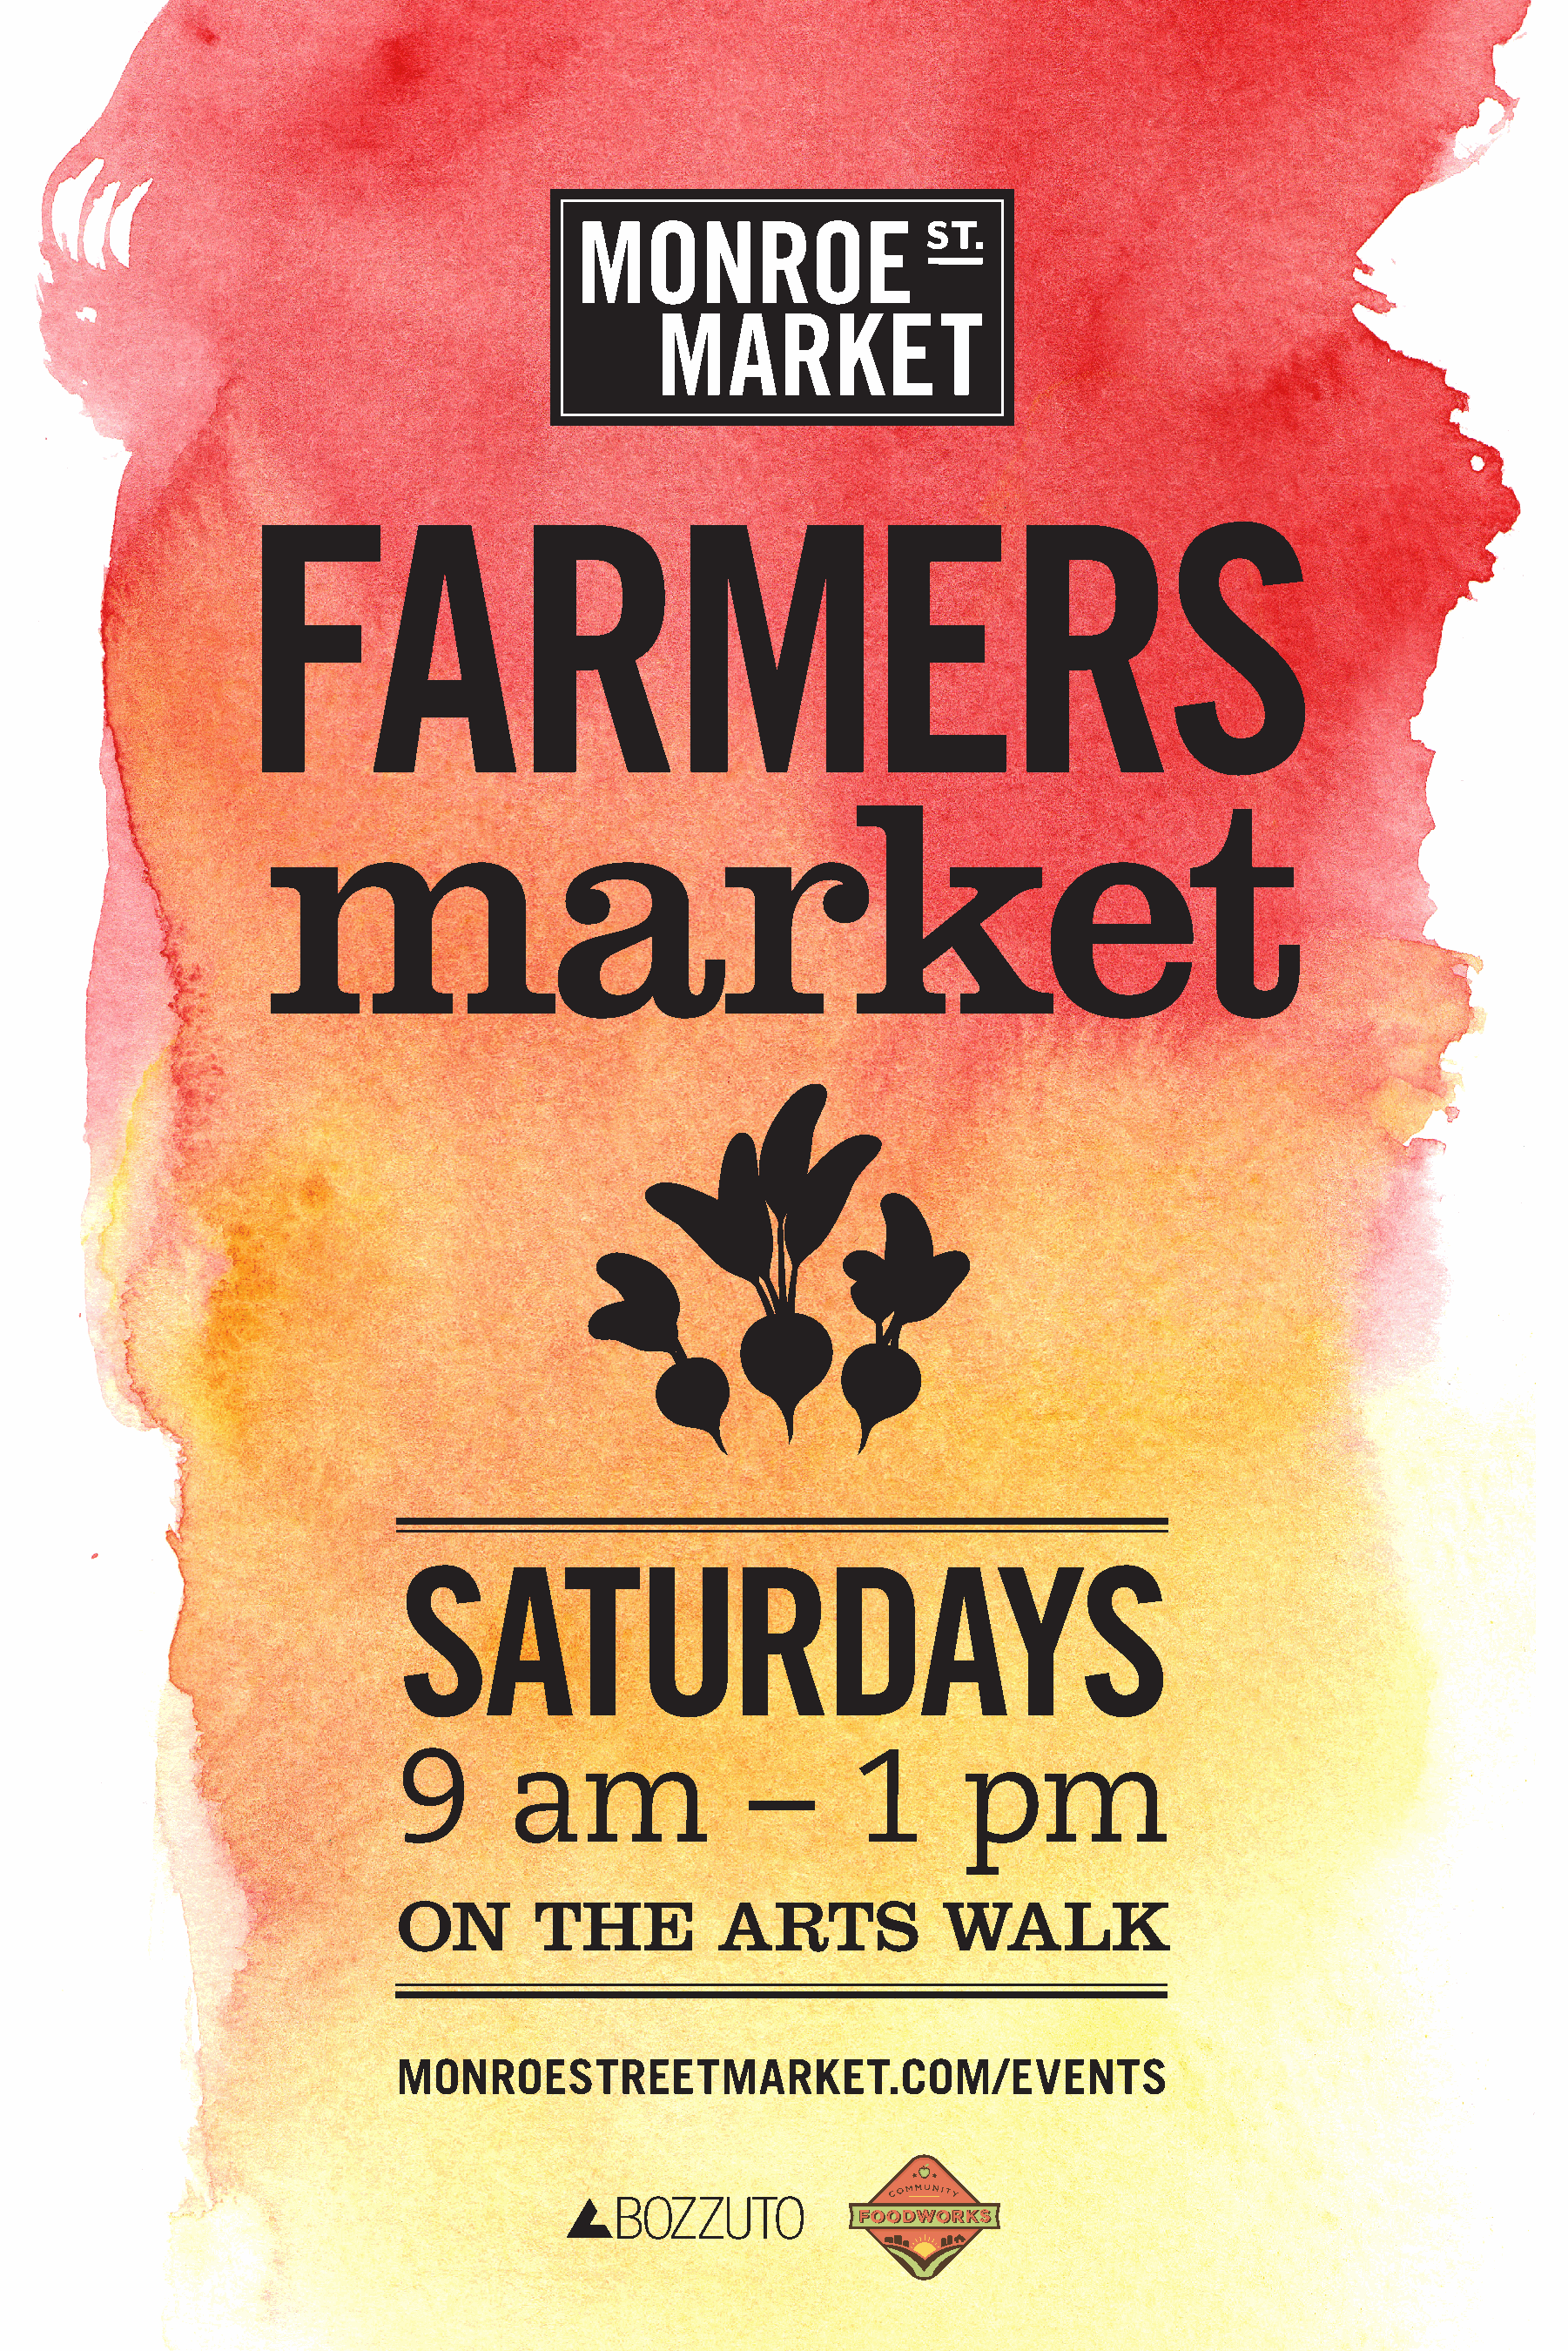
FARMERS
 market
 SATURDAYS
 9        am                –       1       pm
 ON         THE           ARTS             WALK
 MONROESTREETMARKET.COM/EVENTS